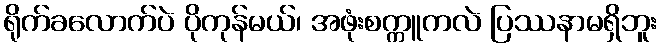
ရိုက်ခလောက်ပဲ ပိုကုန်မယ်၊ အဖုံးစက္ကူကလဲ ပြဿနာမရှိဘူး